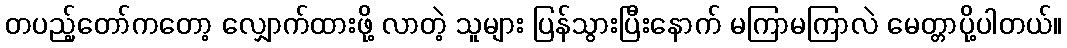
တပည့်တော်ကတော့ လျှောက်ထားဖို့ လာတဲ့ သူများ ပြန်သွားပြီးနောက် မကြာမကြာလဲ မေတ္တာပို့ပါတယ်။